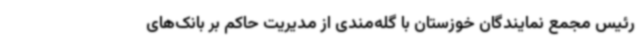
رئیس مجمع نمایندگان خوزستان با گله‌مندی از مدیریت حاکم بر بانک‌های